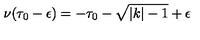
\nu ( \tau _ { 0 } - \epsilon ) = - \tau _ { 0 } - \sqrt { \vert k \vert - 1 } + \epsilon